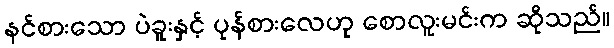
နင်စားသော ပဲခူးနှင့် ပုန်စားလေဟု စောလူးမင်းက ဆိုသည်။